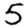
Digit: 5